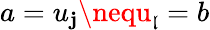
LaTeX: a=u_{\mathbf{j}}\nequ_{\mathfrak{l}}=b